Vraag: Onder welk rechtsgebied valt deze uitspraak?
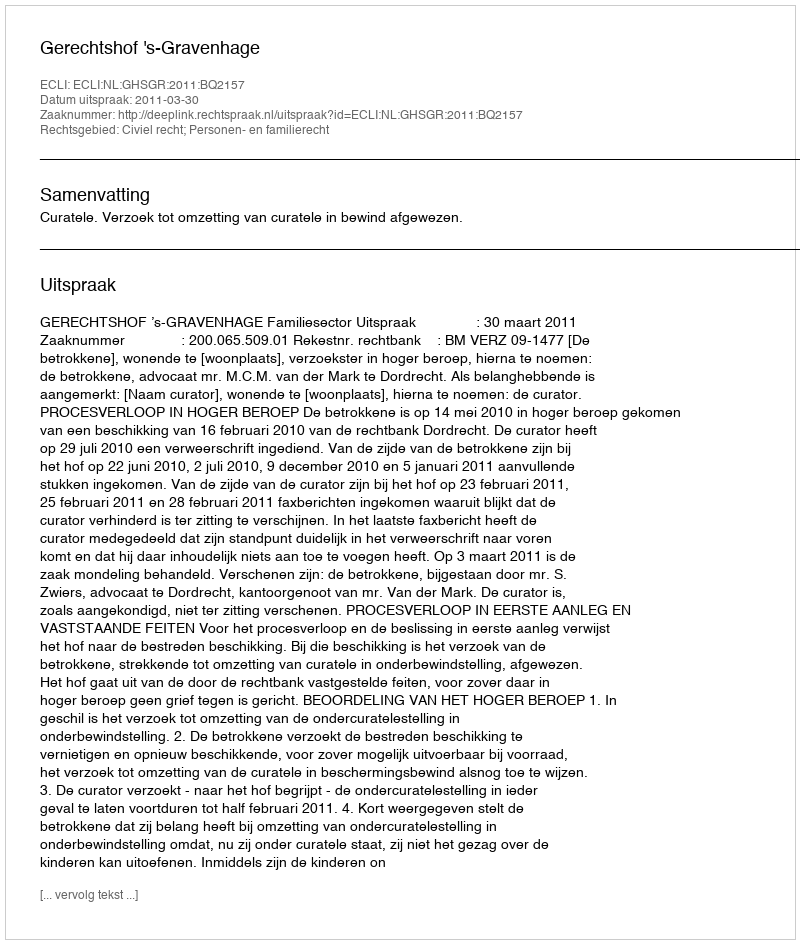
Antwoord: Civiel recht; Personen- en familierecht